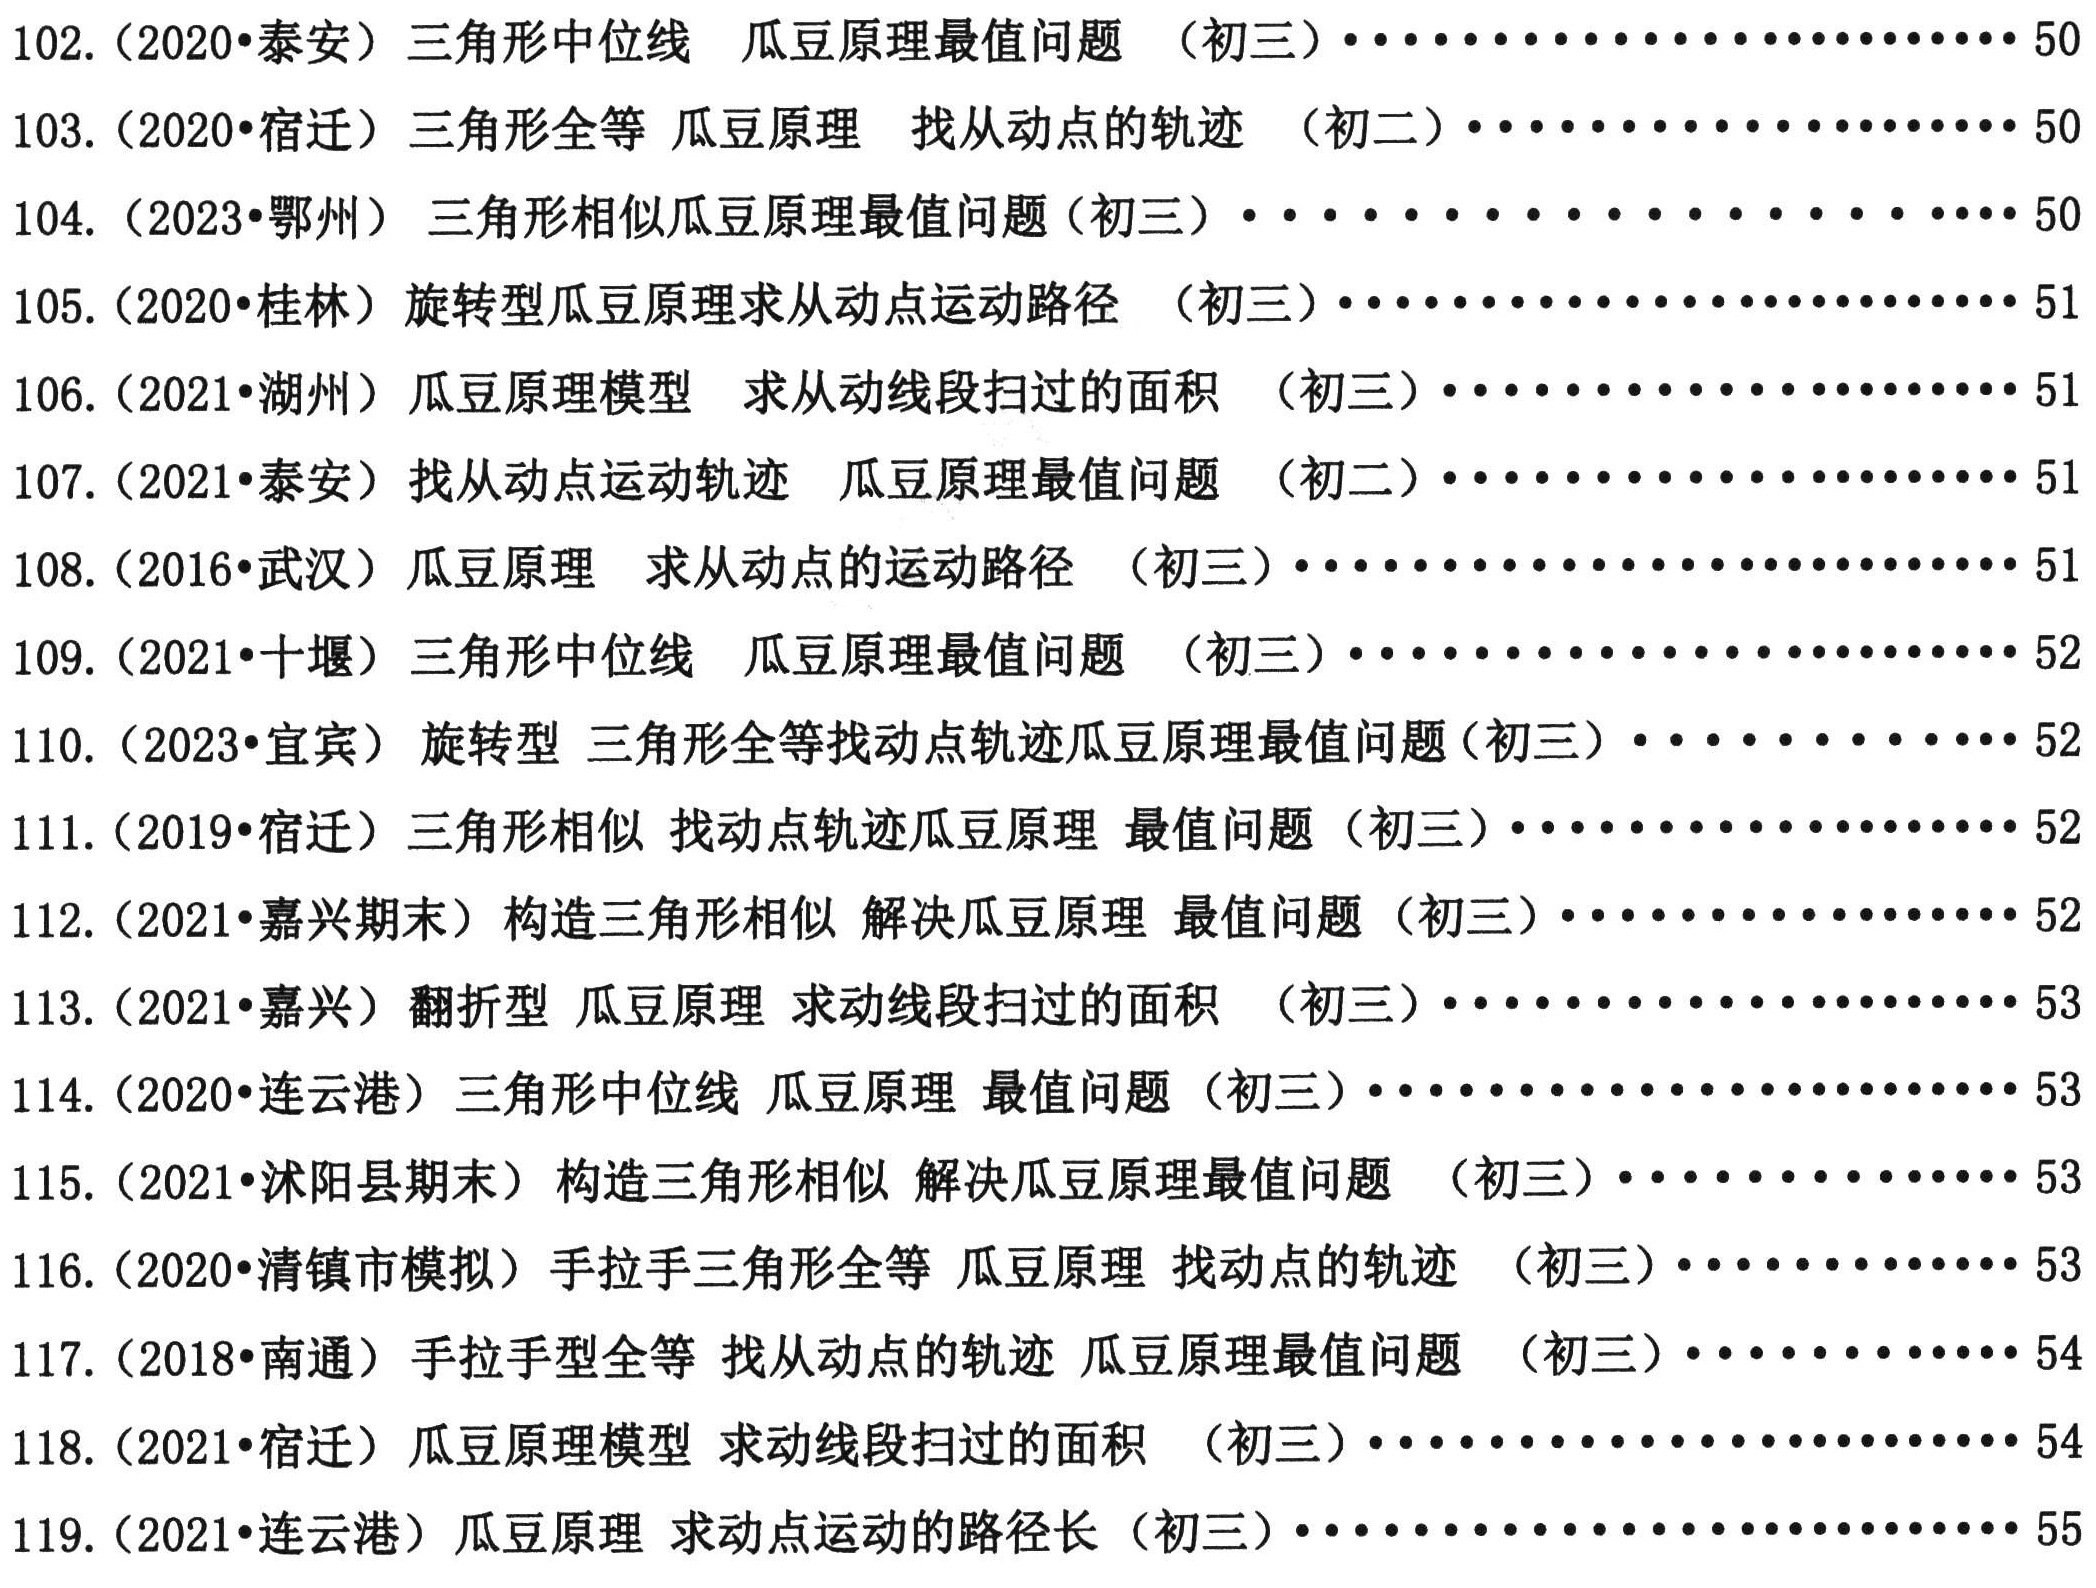
102. (2020•泰安) 三角形中位线 瓜豆原理最值问题 （初三）........................ 50

103. (2020•鄂州) 三角形全等 瓜豆原理 找从动点的轨迹 （初二）........................ 50

104. (2023•鄂州) 三角形相似 瓜豆原理最值问题(初三) .............................. 50

105. (2020•桂林) 旋转型瓜豆原理求从动点运动路径 （初三）........................ 50

106. (2021•湖州) 瓜豆原理模型 求从动线段扫过的面积 （初三）........................ 51

107. (2021•泰安) 找从动点运动轨迹 瓜豆原理最值问题 （初二）........................ 51

108. (2016•武汉) 瓜豆原理 求从动点的运动路径 （初三）........................ 51

109. (2016•十堰) 三角形中位线 瓜豆原理最值问题 （初三）........................ 52

110. (2023•宜宾) 旋转型 三角形全等找动点轨迹瓜豆原理最值问题(初三) .................. 52

111. (2019•宿迁) 三角形相似 找动点轨迹瓜豆原理 最值问题 （初三）........................ 52

112. (2021•嘉兴期末) 构造三角形相似 解决瓜豆原理 最值问题 （初三）........................ 52

113. (2021•嘉兴) 翻折型 瓜豆原理 求动线段扫过的面积 （初三）........................ 53

114. (2020•连云港) 三角形中位线 瓜豆原理 最值问题 （初三）........................ 53

115. (2021•沭阳县期末）构造三角形相似 解决瓜豆原理最值问题 （初三）........................ 53

116. (2020•清镇市模拟）手拉手三角形全等 瓜豆原理 找动点的轨迹 （初三）........................ 53

117. (2018•南通) 手拉手型全等 找从动点的轨迹 瓜豆原理最值问题 （初三）........................ 54

118. (2021•宿迁) 瓜豆原理模型 求动线段扫过的面积 （初三）........................ 54

119. (2021•连云港）瓜豆原理 求动点运动的路径长 （初三）.............................. 55